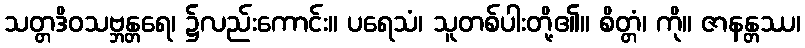
သတ္တဒိဝသဗ္ဘန္တရေ၊ ၌လည်းကောင်း။ ပရေသံ၊ သူတစ်ပါးတို့၏။ စိတ္တံ၊ ကို။ ဇာနန္တဿ၊